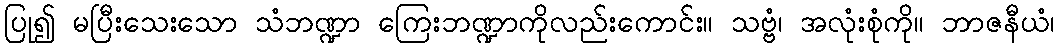
ပြု၍ မပြီးသေးသော သံဘဏ္ဍာ ကြေးဘဏ္ဍာကိုလည်းကောင်း။ သဗ္ဗံ၊ အလုံးစုံကို။ ဘာဇနီယံ၊